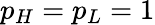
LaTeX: p_{H}=p_{L}=1